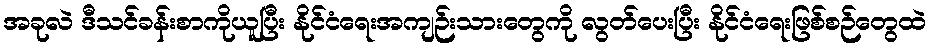
အခုလဲ ဒီသင်ခန်းစာကိုယူပြီး နိုင်ငံရေးအကျဉ်းသားတွေကို လွတ်ပေးပြီး နိုင်ငံရေးဖြစ်စဉ်တွေထဲ